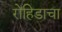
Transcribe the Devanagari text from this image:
रोहिडाचा